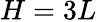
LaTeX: H=3L